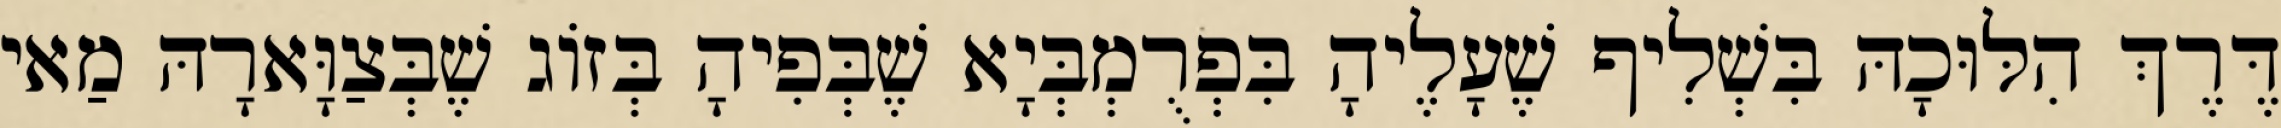
דֶּרֶךְ הִלּוּכָהּ בִּשְׁלִיף שֶׁעָלֶיהָ בִּפְרֻמְבְּיָא שֶׁבְּפִיהָ בְּזוֹג שֶׁבְּצַוָּארָהּ מַאי